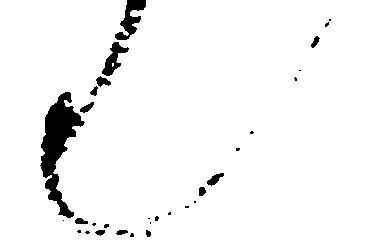
也